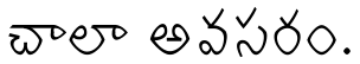
చాలా అవసరం.